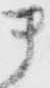
ま